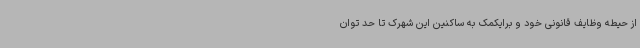
از حیطه وظایف قانونی خود و برایکمک به ساکنین این شهرک تا حد توان